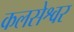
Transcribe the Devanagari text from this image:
कलसेश्वर